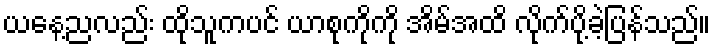
ယနေ့ညလည်း ထိုသူကပင် ယာစုကိုကို အိမ်အထိ လိုက်ပို့ခဲ့ပြန်သည်။